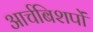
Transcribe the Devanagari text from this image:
आर्चबिशपों